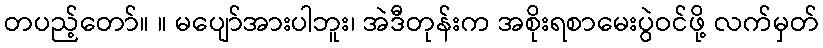
တပည့်တော်။ ။ မပျော်အားပါဘူး၊ အဲဒီတုန်းက အစိုးရစာမေးပွဲဝင်ဖို့ လက်မှတ်